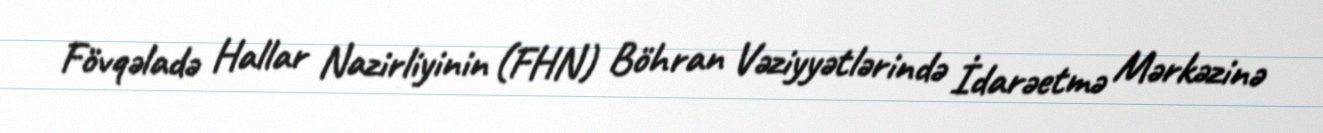
Fövqəladə Hallar Nazirliyinin (FHN) Böhran Vəziyyətlərində İdarəetmə Mərkəzinə